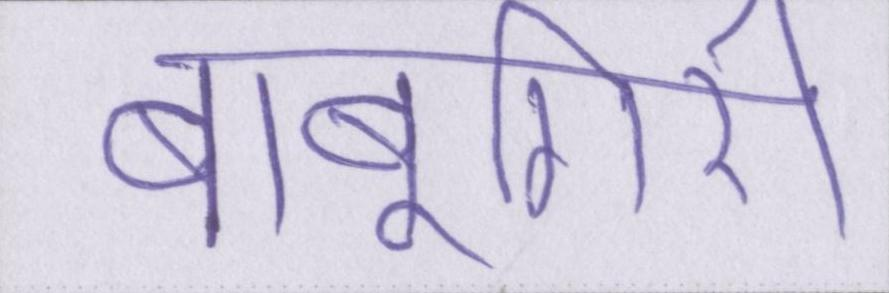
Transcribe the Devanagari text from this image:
बाबूगिरी